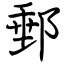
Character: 郵